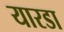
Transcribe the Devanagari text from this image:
यारडा